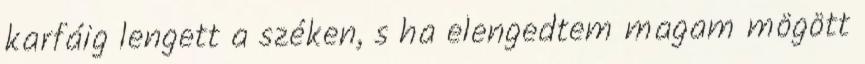
karfáig lengett a széken, s ha elengedtem magam mögött